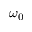
\omega _ { 0 }